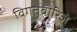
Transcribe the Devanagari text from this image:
विगतवारिजं